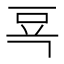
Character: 𰶗